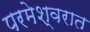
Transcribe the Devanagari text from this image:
परमेश्वरात